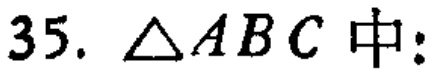
$35.\ \triangle ABC$中: